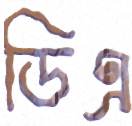
ডিএ